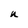
Character: U